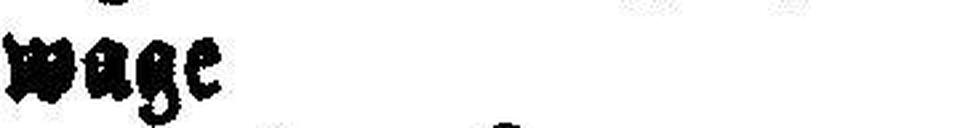
wage